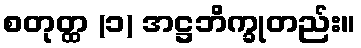
စတုတ္ထ (၁) အဋ္ဌဘိက္ခုတည်း။